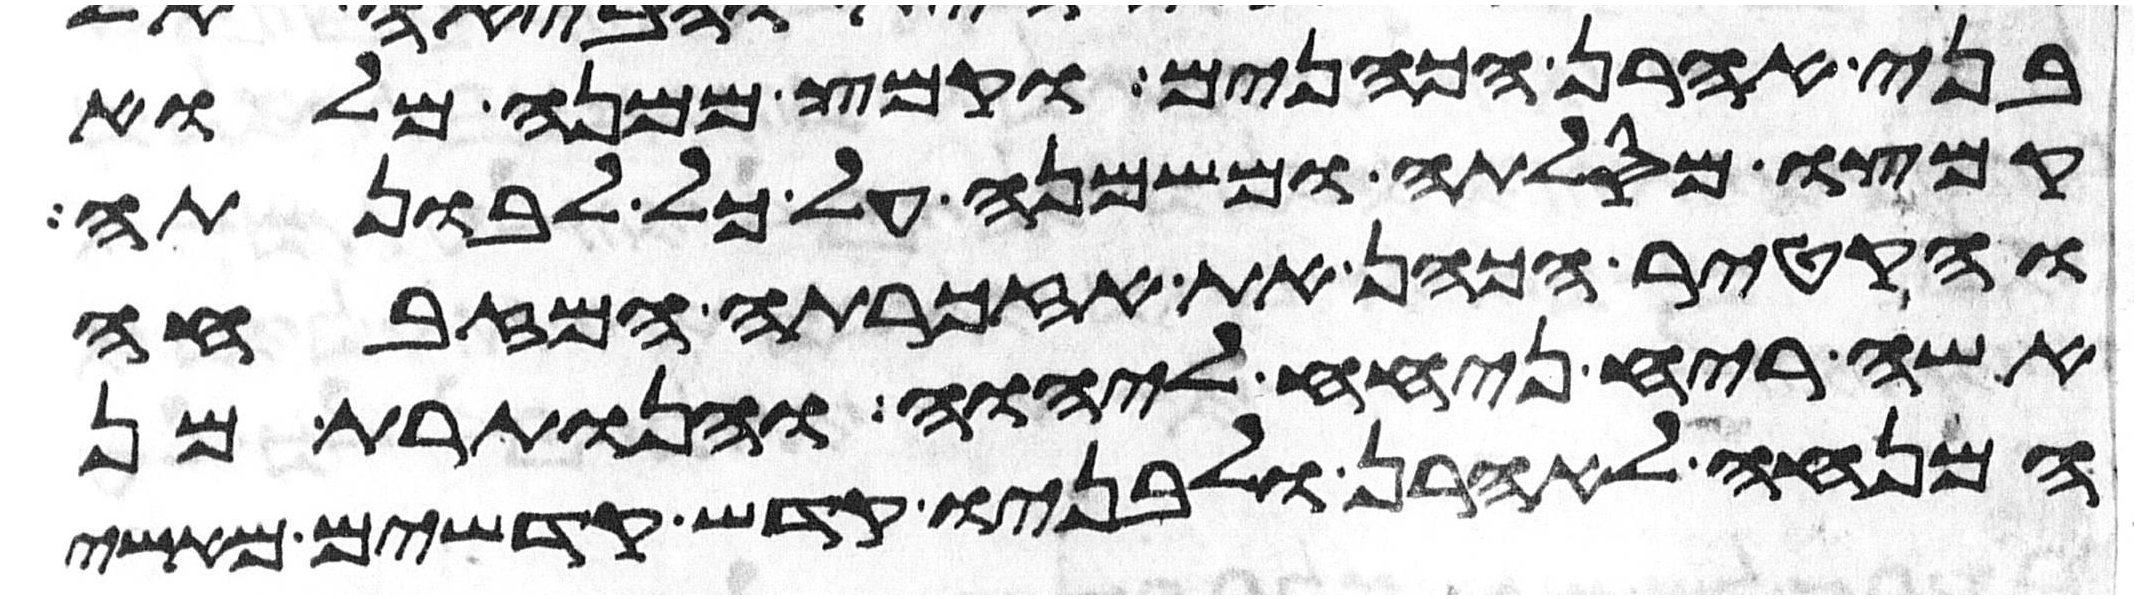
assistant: בני אהרן הכהנים וקמץ ממנה מלוא
קמצו מסלתה ומשמנה על כל לבונתה
והקטיר הכהן את אזכרתה המזבחה
אשה ריח ניחח ליהוה והנותרת מן
המנחה לאהרן ולבניו קדש קדשים מאשי